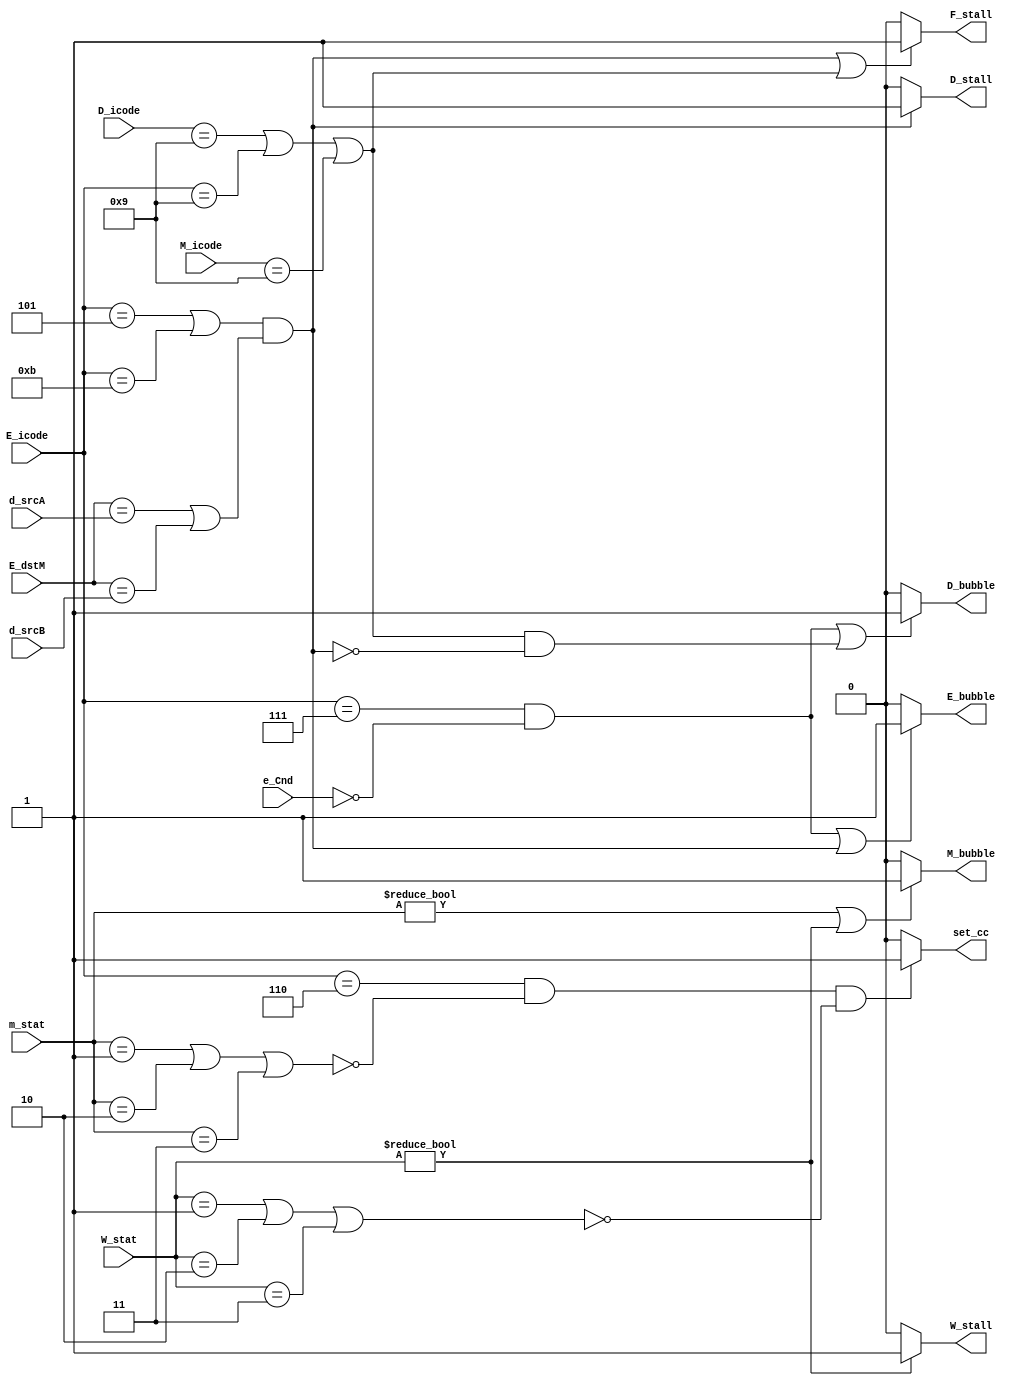
module pipeline_logic(
    input [3:0] D_icode,
    input [3:0] d_srcA,//E_srcA
    input [3:0] d_srcB,//E_srcB
    input [3:0] E_icode,
    input [3:0] E_dstM,
    input e_Cnd,
    input [3:0] M_icode,
    input [1:0] m_stat,
    input [1:0] W_stat,
    output reg set_cc,
    output reg F_stall,
    output reg D_stall,
    output reg D_bubble,
    output reg E_bubble,
    output reg M_bubble,
    output reg W_stall
);

initial begin
     set_cc = 1'b0;
    F_stall = 1'b0;
    D_stall = 1'b0; 
    D_bubble = 1'b0;
    E_bubble = 1'b0;
    M_bubble = 1'b0;
    W_stall = 1'b0;
end

always @(*) begin
    set_cc = 1'b0;
    F_stall = 1'b0;
    D_stall = 1'b0; 
    D_bubble = 1'b0;
    E_bubble = 1'b0;
    M_bubble = 1'b0;
    W_stall = 1'b0;

    if(((E_icode == 4'b0101 | E_icode == 4'b1011) && (E_dstM == d_srcA | E_dstM == d_srcB)) || (D_icode == 4'b1001 | E_icode == 4'b1001 | M_icode == 4'b1001))
    begin
        F_stall = 1'b1;
    end

    if((E_icode == 4'b0101 | E_icode == 4'b1011) && (E_dstM == d_srcA | E_dstM == d_srcB))
    begin
        D_stall = 1'b1;
    end 

    if((E_icode == 4'b0111 && !e_Cnd) || (D_icode == 4'b1001 | E_icode == 4'b1001 | M_icode == 4'b1001) && !((E_icode == 4'b0101 | E_icode == 4'b1011) && (E_dstM == d_srcA | E_dstM == d_srcB)))
    begin
        D_bubble = 1'b1;
    end 

    if((E_icode == 4'b0111 && !e_Cnd) || ((E_icode == 4'b0101 | E_icode == 4'b1011) && (E_dstM == d_srcA | E_dstM == d_srcB)))
    begin
        E_bubble = 1'b1;
    end

    if(m_stat!= 2'b00 || W_stat != 2'b00)
    begin
        M_bubble = 1'b1;
    end

    if(W_stat!=2'b00)
    begin
        W_stall = 1'b1;
    end

    if(E_icode == 4'b0110 && !(m_stat == 2'b01 | m_stat == 2'b10 | m_stat == 2'b11) && !(W_stat == 2'b01 | W_stat == 2'b10 | W_stat == 2'b11))
    begin
        set_cc = 1'b1;
    end

    end

endmodule